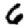
Digit: 6